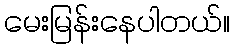
မေးမြန်းနေပါတယ်။